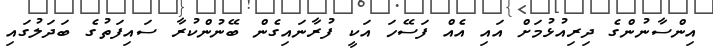
އިންސާނުންގެ ދިރިއުޅުމަށް އައި އެއް ފަސޭހަ އަކީ ފުރާނައިގެން ބޭނުންކުރާ ސައިފަތުގެ ބަދަލުގައި